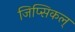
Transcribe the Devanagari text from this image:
जिप्सिकल्